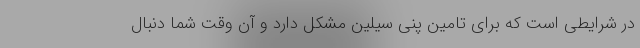
در شرایطی است که برای تامین پنی سیلین مشکل دارد و آن وقت شما دنبال